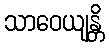
သာဝေယျန္တိ